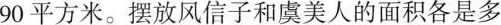
90平方米。摆放风信子和虞美人的面积各是多